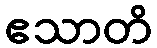
ဧသာတိ